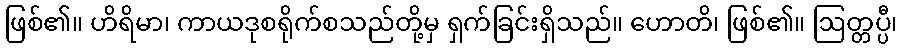
ဖြစ်၏။ ဟိရိမာ၊ ကာယဒုစရိုက်စသည်တို့မှ ရှက်ခြင်းရှိသည်။ ဟောတိ၊ ဖြစ်၏။ ဩတ္တပ္ပီ၊